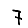
Digit: 7